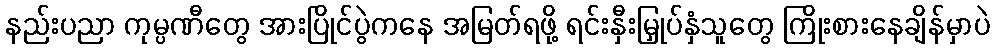
နည်းပညာ ကုမ္ပဏီတွေ အားပြိုင်ပွဲကနေ အမြတ်ရဖို့ ရင်းနှီးမြှုပ်နှံသူတွေ ကြိုးစားနေချိန်မှာပဲ